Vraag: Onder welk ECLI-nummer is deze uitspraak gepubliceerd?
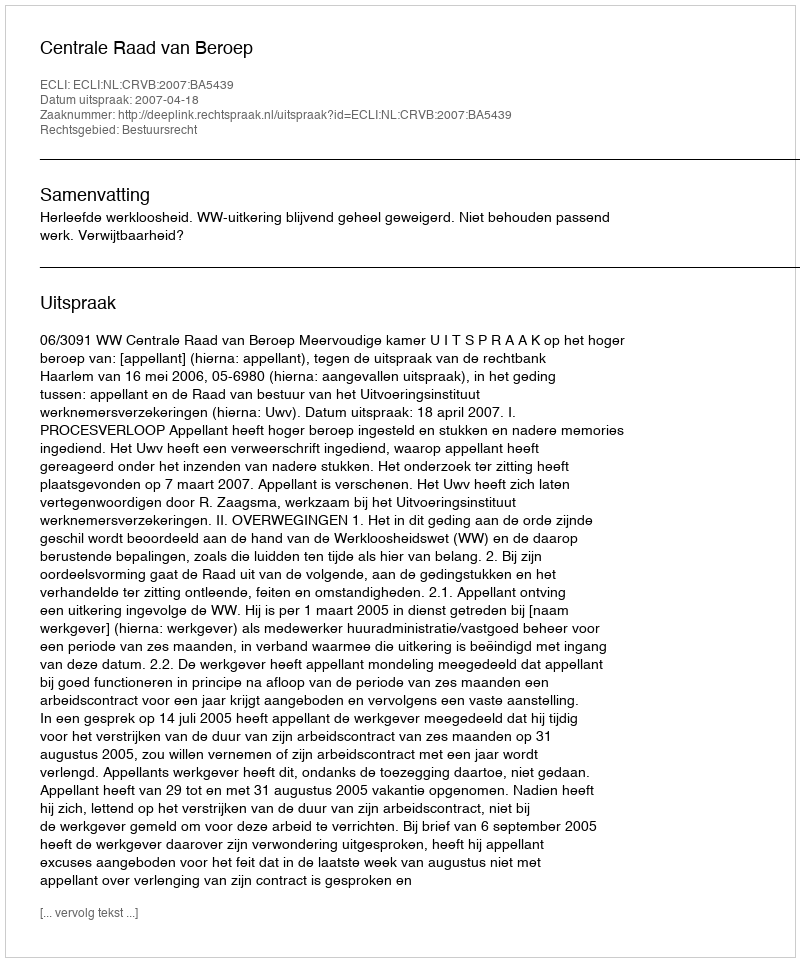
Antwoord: ECLI:NL:CRVB:2007:BA5439